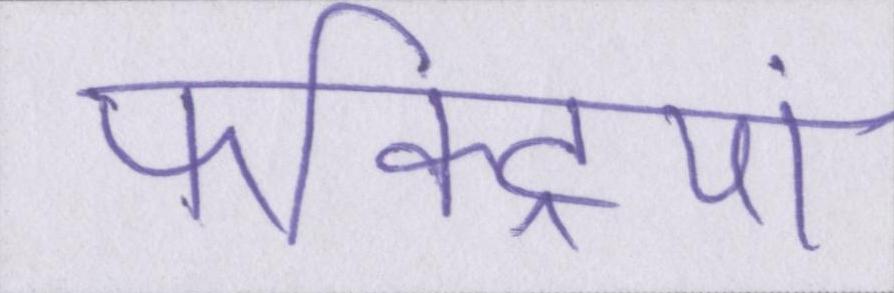
फैक्ट्रियां